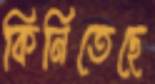
কিনিতেছে